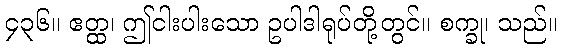
၄၃၆။ ဧတ္ထ၊ ဤငါးပါးသော ဥပါဒါရုပ်တို့တွင်။ စက္ခု၊ သည်။